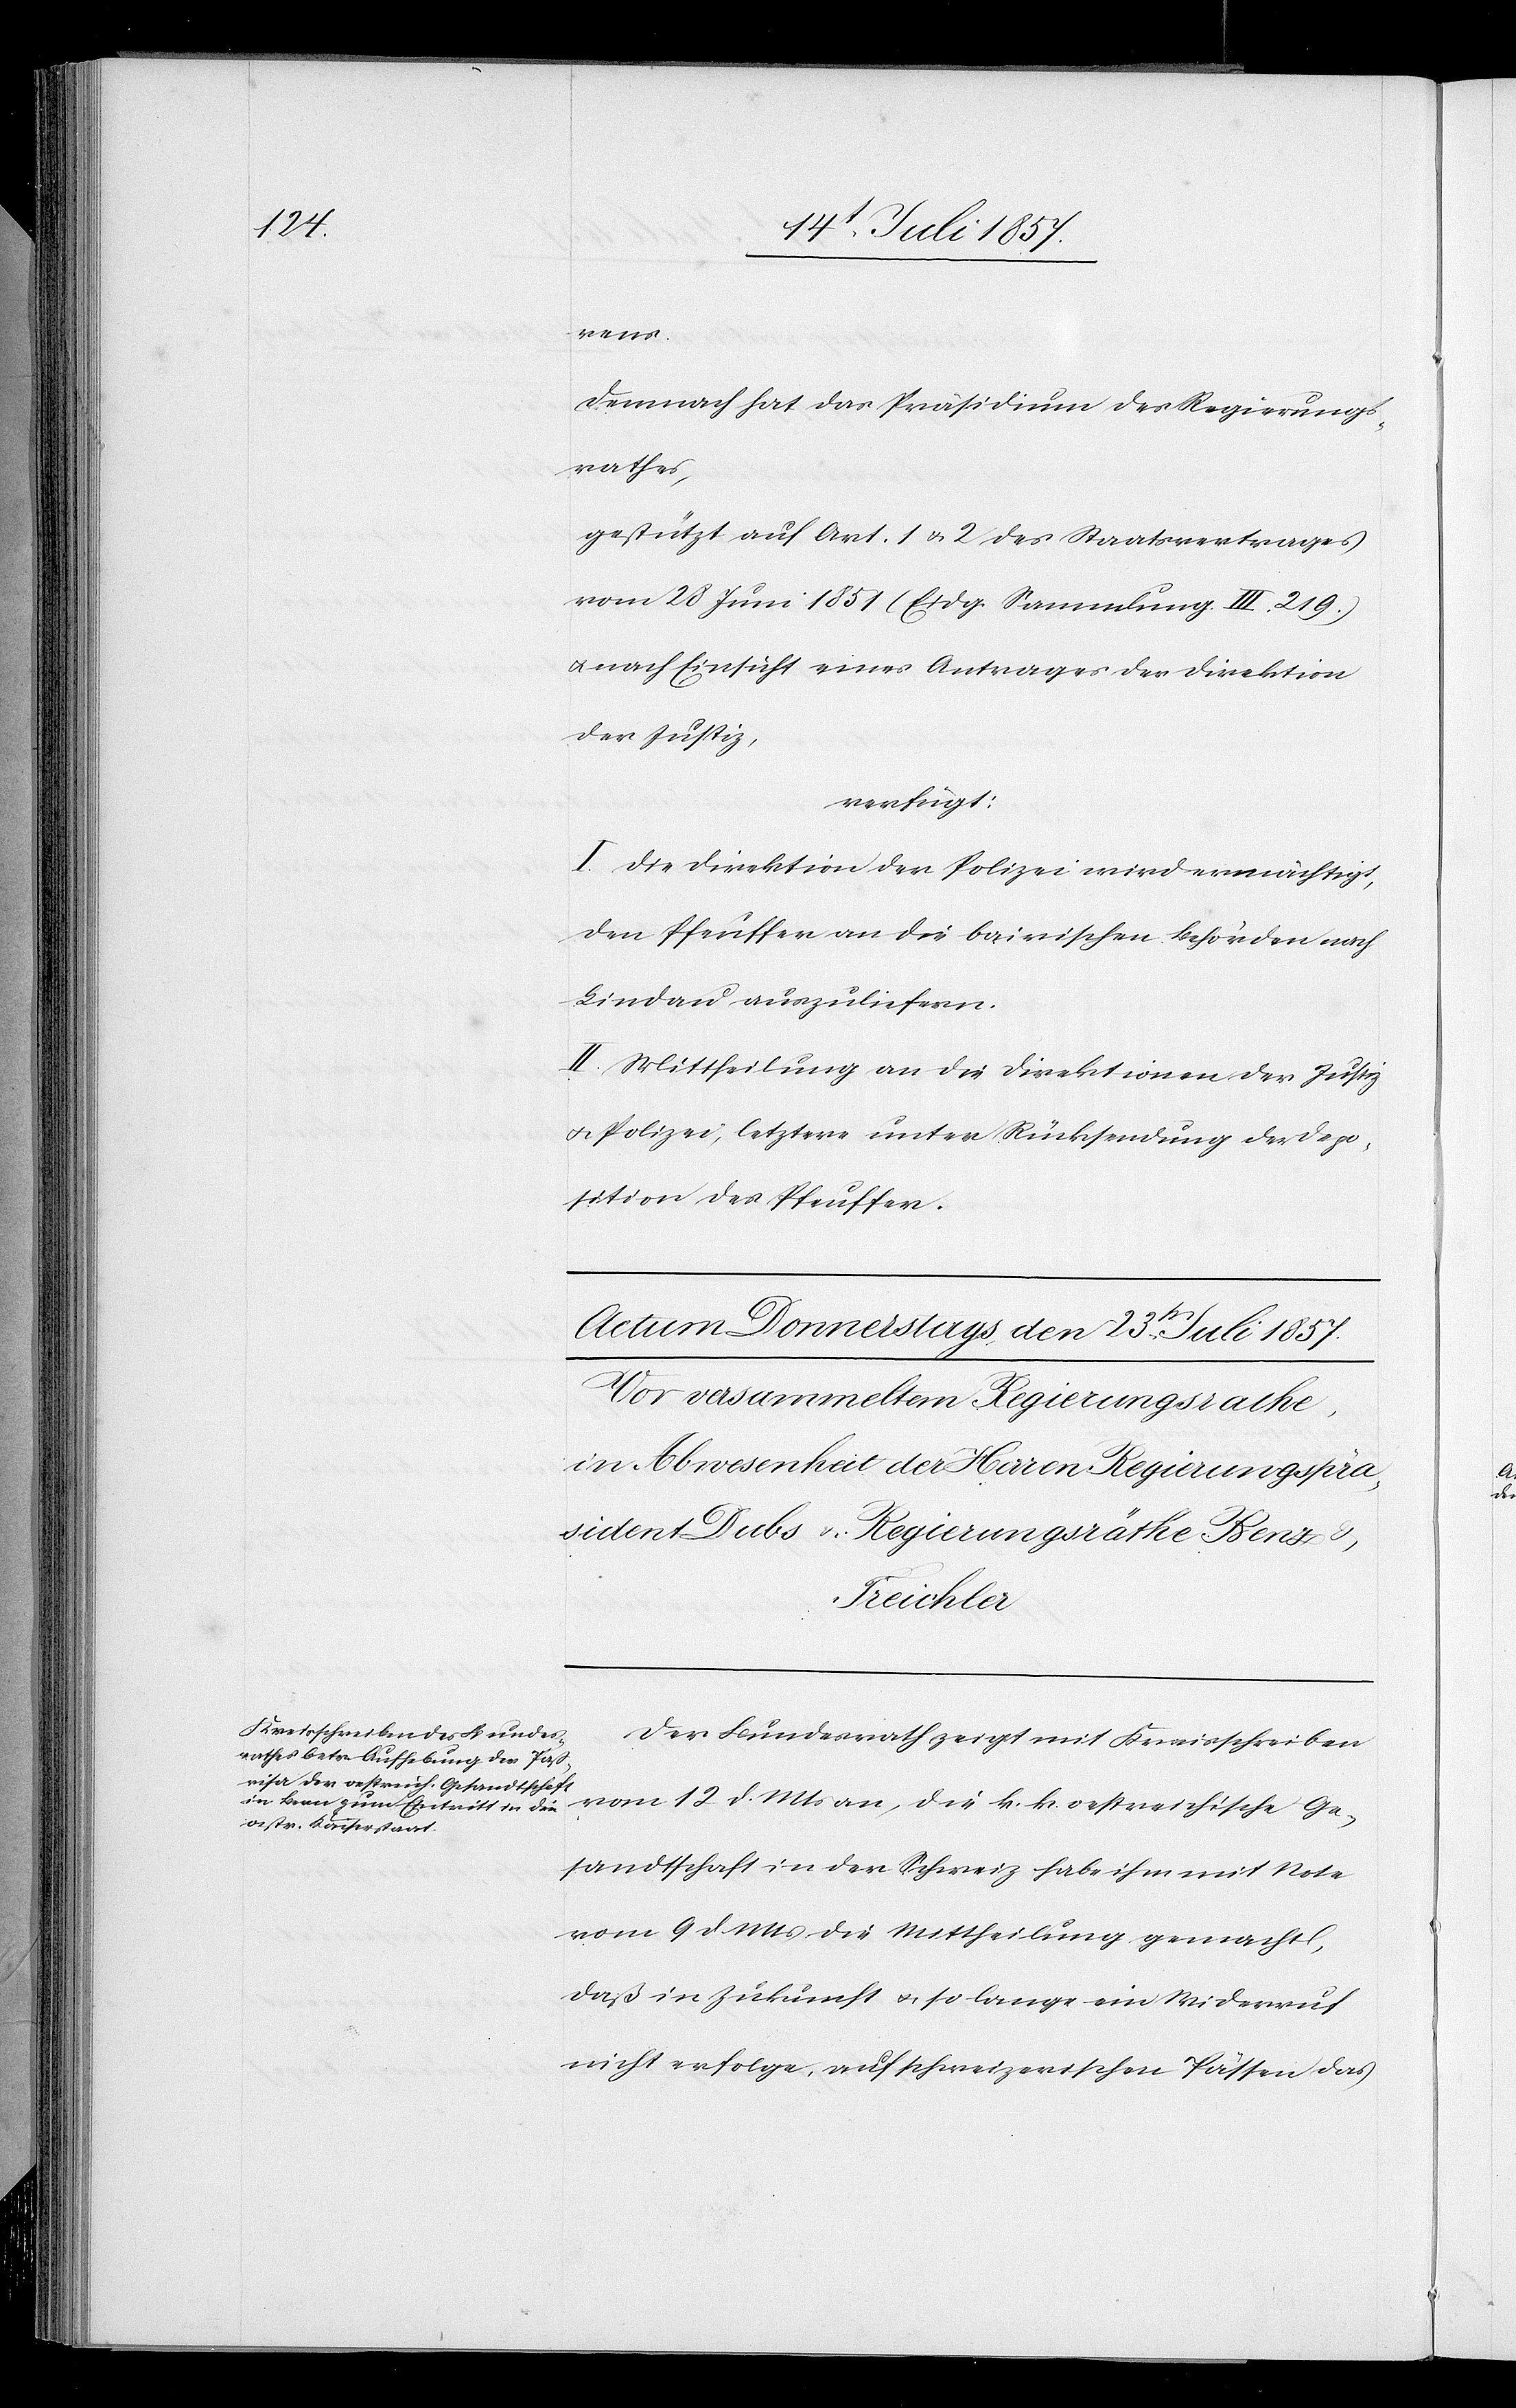
rens.
Demnach hat das Präsidium des Regierungs¬
rathes,
gestützt auf Art. 1 & 2 des Staatsvertrages
vom 28 Juni 1851 (Eidg. Sammlung III. 219.)
& nach Einsicht eines Antrages der Direktion
der Justiz,
verfügt:
I. Die Direktion der Polizei wird ermächtigt,
den Pfeuffer an die bairischen Behörden nach
Lindau auszuliefern.
II. Mittheilung an die Direktionen der Justiz
& Polizei, letztere unter Rücksendung der Depo¬
sition des Pfeuffer.
Der Bundesrath zeigt mit Kreisschreiben
vom 12 d. Mts. an, die k. k. oestreichische Ge¬
sandtschaft in der Schweiz habe ihm mit Note
vom 9 d. Mts. die Mittheilung gemacht,
daß in Zukunft & so lange ein Widerruf
nicht erfolge, auf schweizerischen Pässen das